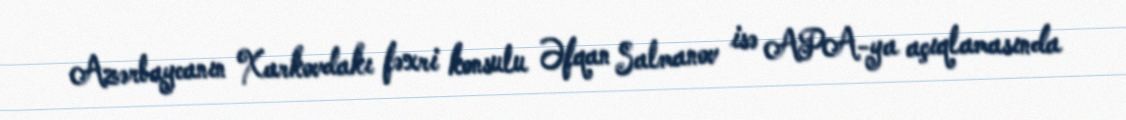
Azərbaycanın Xarkovdakı fəxri konsulu Əfqan Salmanov isə APA-ya açıqlamasında